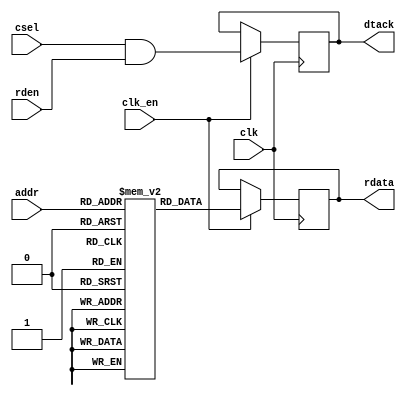
module jive_bootrom
(
    input         clk,
    input         clk_en,
    
    input         csel,
    input         rden,
    
    input   [7:0] addr,
    output [31:0] rdata,
    output        dtack
);
    parameter INIT_FILE        = "NONE";
    parameter INIT_FILE_FORMAT = "HEX";

    //=========================================================================
    
    reg [31:0] r_rom_blk [0:255];

    initial begin : ROM_INIT
        
        `ifdef verilator3
        r_rom_blk[8'h00] = 32'h00000093;
        r_rom_blk[8'h01] = 32'h00000113;
        r_rom_blk[8'h02] = 32'h00000193;
        r_rom_blk[8'h03] = 32'h00000213;
        r_rom_blk[8'h04] = 32'h00000293;
        r_rom_blk[8'h05] = 32'h00000313;
        r_rom_blk[8'h06] = 32'h00000393;
        r_rom_blk[8'h07] = 32'h00000413;
        r_rom_blk[8'h08] = 32'h00000493;
        r_rom_blk[8'h09] = 32'h00000513;
        r_rom_blk[8'h0A] = 32'h00000593;
        r_rom_blk[8'h0B] = 32'h00000613;
        r_rom_blk[8'h0C] = 32'h00000693;
        r_rom_blk[8'h0D] = 32'h00000713;
        r_rom_blk[8'h0E] = 32'h00000793;
        r_rom_blk[8'h0F] = 32'h00000813;
        r_rom_blk[8'h10] = 32'h00000893;
        r_rom_blk[8'h11] = 32'h00000913;
        r_rom_blk[8'h12] = 32'h00000993;
        r_rom_blk[8'h13] = 32'h00000A13;
        r_rom_blk[8'h14] = 32'h00000A93;
        r_rom_blk[8'h15] = 32'h00000B13;
        r_rom_blk[8'h16] = 32'h00000B93;
        r_rom_blk[8'h17] = 32'h00000C13;
        r_rom_blk[8'h18] = 32'h00000C93;
        r_rom_blk[8'h19] = 32'h00000D13;
        r_rom_blk[8'h1A] = 32'h00000D93;
        r_rom_blk[8'h1B] = 32'h00000E13;
        r_rom_blk[8'h1C] = 32'h00000E93;
        r_rom_blk[8'h1D] = 32'h00000F13;
        r_rom_blk[8'h1E] = 32'h00000F93;
        r_rom_blk[8'h1F] = 32'h80010117;
        r_rom_blk[8'h20] = 32'hF8010113;
        r_rom_blk[8'h21] = 32'h80000D17;
        r_rom_blk[8'h22] = 32'hF7CD0D13;
        r_rom_blk[8'h23] = 32'h80000D97;
        r_rom_blk[8'h24] = 32'hF74D8D93;
        r_rom_blk[8'h25] = 32'h01BD5863;
        r_rom_blk[8'h26] = 32'h000D2023;
        r_rom_blk[8'h27] = 32'h004D0D13;
        r_rom_blk[8'h28] = 32'hFFADDCE3;
        r_rom_blk[8'h29] = 32'h00000513;
        r_rom_blk[8'h2A] = 32'h00000593;
        r_rom_blk[8'h2B] = 32'h044000EF;
        r_rom_blk[8'h2C] = 32'h0000006F;
        r_rom_blk[8'h2D] = 32'h00050067;
        r_rom_blk[8'h2E] = 32'h00000793;
        r_rom_blk[8'h2F] = 32'h00010637;
        r_rom_blk[8'h30] = 32'h01000593;
        r_rom_blk[8'h31] = 32'h00062683;
        r_rom_blk[8'h32] = 32'hFFF50513;
        r_rom_blk[8'h33] = 32'h00479793;
        r_rom_blk[8'h34] = 32'hFD068713;
        r_rom_blk[8'h35] = 32'h00E5F463;
        r_rom_blk[8'h36] = 32'hFC968713;
        r_rom_blk[8'h37] = 32'h00F77713;
        r_rom_blk[8'h38] = 32'h00F767B3;
        r_rom_blk[8'h39] = 32'hFE0510E3;
        r_rom_blk[8'h3A] = 32'h00078513;
        r_rom_blk[8'h3B] = 32'h00008067;
        r_rom_blk[8'h3C] = 32'hFD010113;
        r_rom_blk[8'h3D] = 32'h02912223;
        r_rom_blk[8'h3E] = 32'h01412C23;
        r_rom_blk[8'h3F] = 32'h01512A23;
        r_rom_blk[8'h40] = 32'h01612823;
        r_rom_blk[8'h41] = 32'h01712623;
        r_rom_blk[8'h42] = 32'h01812423;
        r_rom_blk[8'h43] = 32'h02112623;
        r_rom_blk[8'h44] = 32'h02812423;
        r_rom_blk[8'h45] = 32'h03212023;
        r_rom_blk[8'h46] = 32'h01312E23;
        r_rom_blk[8'h47] = 32'h01912223;
        r_rom_blk[8'h48] = 32'h01A12023;
        r_rom_blk[8'h49] = 32'h000107B7;
        r_rom_blk[8'h4A] = 32'h04200713;
        r_rom_blk[8'h4B] = 32'h00E7A023;
        r_rom_blk[8'h4C] = 32'h000104B7;
        r_rom_blk[8'h4D] = 32'h05300A93;
        r_rom_blk[8'h4E] = 32'h00900B13;
        r_rom_blk[8'h4F] = 32'h00100A13;
        r_rom_blk[8'h50] = 32'h80010BB7;
        r_rom_blk[8'h51] = 32'h03000C13;
        r_rom_blk[8'h52] = 32'h0004A783;
        r_rom_blk[8'h53] = 32'h03579663;
        r_rom_blk[8'h54] = 32'h0004A983;
        r_rom_blk[8'h55] = 32'hFD098793;
        r_rom_blk[8'h56] = 32'h02FB6063;
        r_rom_blk[8'h57] = 32'h00FA17B3;
        r_rom_blk[8'h58] = 32'h2237F713;
        r_rom_blk[8'h59] = 32'h04071C63;
        r_rom_blk[8'h5A] = 32'h0887F713;
        r_rom_blk[8'h5B] = 32'h10071263;
        r_rom_blk[8'h5C] = 32'h1047F793;
        r_rom_blk[8'h5D] = 32'h0C079C63;
        r_rom_blk[8'h5E] = 32'h02812403;
        r_rom_blk[8'h5F] = 32'h02C12083;
        r_rom_blk[8'h60] = 32'h02412483;
        r_rom_blk[8'h61] = 32'h02012903;
        r_rom_blk[8'h62] = 32'h01C12983;
        r_rom_blk[8'h63] = 32'h01812A03;
        r_rom_blk[8'h64] = 32'h01412A83;
        r_rom_blk[8'h65] = 32'h01012B03;
        r_rom_blk[8'h66] = 32'h00C12B83;
        r_rom_blk[8'h67] = 32'h00812C03;
        r_rom_blk[8'h68] = 32'h00412C83;
        r_rom_blk[8'h69] = 32'h00012D03;
        r_rom_blk[8'h6A] = 32'h000107B7;
        r_rom_blk[8'h6B] = 32'h02100713;
        r_rom_blk[8'h6C] = 32'h00E7A023;
        r_rom_blk[8'h6D] = 32'h03010113;
        r_rom_blk[8'h6E] = 32'hEF9FF06F;
        r_rom_blk[8'h6F] = 32'h00200513;
        r_rom_blk[8'h70] = 32'hEF9FF0EF;
        r_rom_blk[8'h71] = 32'h00050413;
        r_rom_blk[8'h72] = 32'hFFE50913;
        r_rom_blk[8'h73] = 32'h00400513;
        r_rom_blk[8'h74] = 32'hEE9FF0EF;
        r_rom_blk[8'h75] = 32'h00850433;
        r_rom_blk[8'h76] = 32'h00855C93;
        r_rom_blk[8'h77] = 32'h008C8CB3;
        r_rom_blk[8'h78] = 32'h0A055C63;
        r_rom_blk[8'h79] = 32'h012507B3;
        r_rom_blk[8'h7A] = 32'hF8FBE8E3;
        r_rom_blk[8'h7B] = 32'h00050413;
        r_rom_blk[8'h7C] = 32'hFCF98D13;
        r_rom_blk[8'h7D] = 32'h00200513;
        r_rom_blk[8'h7E] = 32'h0B2A6463;
        r_rom_blk[8'h7F] = 32'hEBDFF0EF;
        r_rom_blk[8'h80] = 32'h00AC8433;
        r_rom_blk[8'h81] = 32'h0FF47413;
        r_rom_blk[8'h82] = 32'h0FF00793;
        r_rom_blk[8'h83] = 32'hF6F416E3;
        r_rom_blk[8'h84] = 32'h0004A703;
        r_rom_blk[8'h85] = 32'h00D00793;
        r_rom_blk[8'h86] = 32'hF6F710E3;
        r_rom_blk[8'h87] = 32'h0004A783;
        r_rom_blk[8'h88] = 32'h00A00693;
        r_rom_blk[8'h89] = 32'hF4D79AE3;
        r_rom_blk[8'h8A] = 32'h02E00693;
        r_rom_blk[8'h8B] = 32'h00D4A023;
        r_rom_blk[8'h8C] = 32'h03600693;
        r_rom_blk[8'h8D] = 32'hF136FAE3;
        r_rom_blk[8'h8E] = 32'h00E4A023;
        r_rom_blk[8'h8F] = 32'h00F4A023;
        r_rom_blk[8'h90] = 32'h80000537;
        r_rom_blk[8'h91] = 32'hE71FF0EF;
        r_rom_blk[8'h92] = 32'hF31FF06F;
        r_rom_blk[8'h93] = 32'h00200513;
        r_rom_blk[8'h94] = 32'hE69FF0EF;
        r_rom_blk[8'h95] = 32'h00050C93;
        r_rom_blk[8'h96] = 32'hFFD50913;
        r_rom_blk[8'h97] = 32'h00600513;
        r_rom_blk[8'h98] = 32'hE59FF0EF;
        r_rom_blk[8'h99] = 32'h01055413;
        r_rom_blk[8'h9A] = 32'h01940433;
        r_rom_blk[8'h9B] = 32'hF69FF06F;
        r_rom_blk[8'h9C] = 32'h00200513;
        r_rom_blk[8'h9D] = 32'hE45FF0EF;
        r_rom_blk[8'h9E] = 32'h00050C93;
        r_rom_blk[8'h9F] = 32'hFFC50913;
        r_rom_blk[8'hA0] = 32'h00800513;
        r_rom_blk[8'hA1] = 32'hE35FF0EF;
        r_rom_blk[8'hA2] = 32'h01855413;
        r_rom_blk[8'hA3] = 32'h01055793;
        r_rom_blk[8'hA4] = 32'h00F40433;
        r_rom_blk[8'hA5] = 32'hFD5FF06F;
        r_rom_blk[8'hA6] = 32'hF4050AE3;
        r_rom_blk[8'hA7] = 32'hEDDFF06F;
        r_rom_blk[8'hA8] = 32'hE19FF0EF;
        r_rom_blk[8'hA9] = 32'h00200793;
        r_rom_blk[8'hAA] = 32'h00AC8CB3;
        r_rom_blk[8'hAB] = 32'hFFF90913;
        r_rom_blk[8'hAC] = 32'h01A7E863;
        r_rom_blk[8'hAD] = 32'h00A40023;
        r_rom_blk[8'hAE] = 32'h00140413;
        r_rom_blk[8'hAF] = 32'hF39FF06F;
        r_rom_blk[8'hB0] = 32'hF3899AE3;
        r_rom_blk[8'hB1] = 32'h0FF57513;
        r_rom_blk[8'hB2] = 32'h00A4A023;
        r_rom_blk[8'hB3] = 32'hF29FF06F;
        r_rom_blk[8'hB4] = 32'h00000000;
        r_rom_blk[8'hB5] = 32'h00000000;
        r_rom_blk[8'hB6] = 32'h00000000;
        r_rom_blk[8'hB7] = 32'h00000000;
        r_rom_blk[8'hB8] = 32'h00000000;
        r_rom_blk[8'hB9] = 32'h00000000;
        r_rom_blk[8'hBA] = 32'h00000000;
        r_rom_blk[8'hBB] = 32'h00000000;
        r_rom_blk[8'hBC] = 32'h00000000;
        r_rom_blk[8'hBD] = 32'h00000000;
        r_rom_blk[8'hBE] = 32'h00000000;
        r_rom_blk[8'hBF] = 32'h00000000;
        `else
        integer i;
        
        if (INIT_FILE == "NONE") begin
            for (i = 0; i < 256; i = i + 1) begin
                r_rom_blk[i] = 32'h00000000;
            end
        end
        else begin
            if (INIT_FILE_FORMAT == "HEX") begin
                $readmemh(INIT_FILE, r_rom_blk);
            end
            else begin
                $readmemb(INIT_FILE, r_rom_blk);
            end           
        end
        `endif
    end

    //=========================================================================
    
    reg [31:0] r_rom_rdata_p1;
    reg        r_rom_dtack_p1;
    
    always @ (posedge clk) begin : ROM_READ_P1
    
        if (clk_en) begin
            r_rom_rdata_p1 <= r_rom_blk[addr];
            r_rom_dtack_p1 <= csel & rden;
        end
    end
    
    assign rdata = r_rom_rdata_p1;
    assign dtack = r_rom_dtack_p1;
    
    //=========================================================================
    
endmodule